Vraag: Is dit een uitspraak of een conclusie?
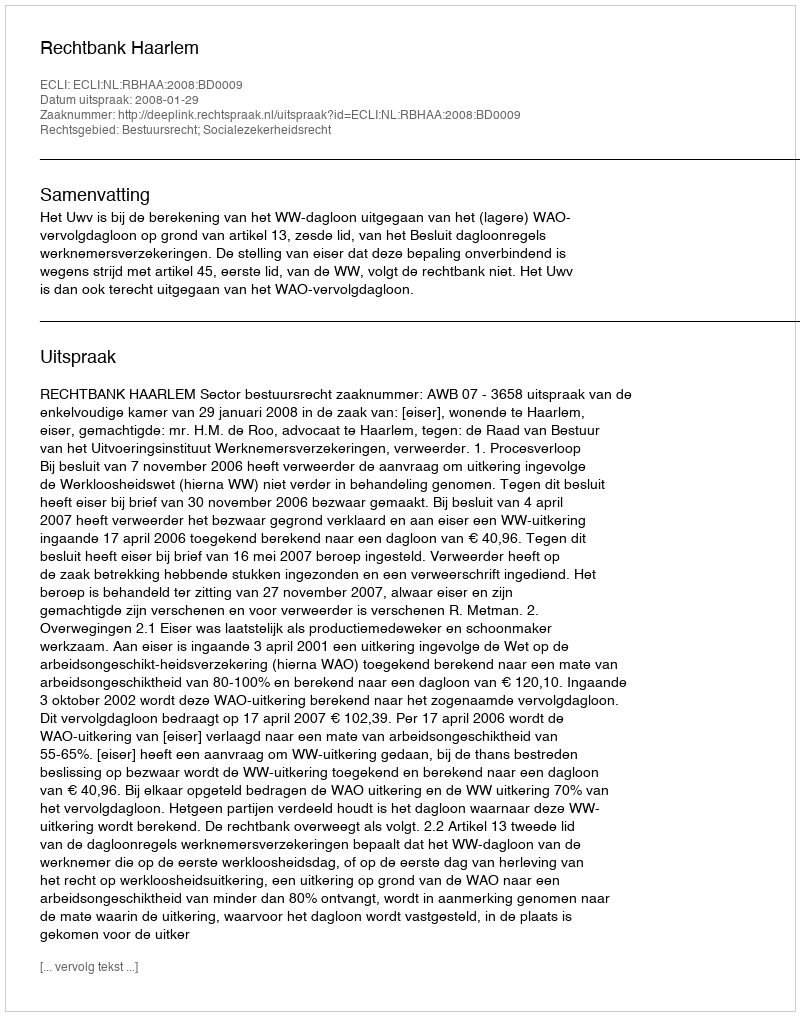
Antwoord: Uitspraak